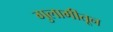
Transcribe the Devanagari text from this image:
गुलामीतून